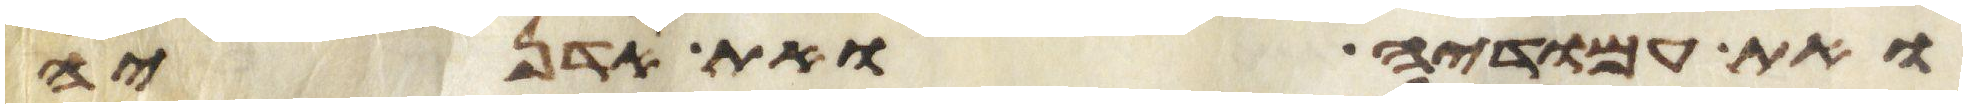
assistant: ואת עמודיה ואת אדניה